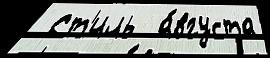
 Ст'иль  а́вгуста